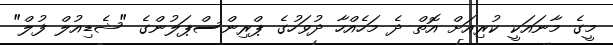
މީގެ މާނައަކީ ކުރިއަށް އޮތް ދެ މަހެއްހާ ދުވަހުގެ ޕްރިންސްޕަލުންގެ "ޝެޑިއުލް ފުލް"